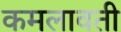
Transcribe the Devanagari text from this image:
कमलावती